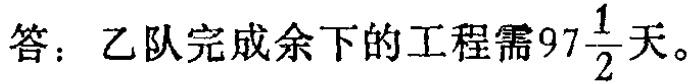
答：乙队完成余下的工程需\(97\frac{1}{2}\)天。